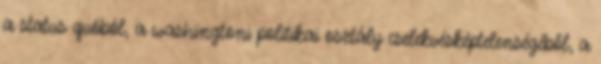
a status quóból, a washingtoni politikai osztály cselekvésképtelenségéből, a